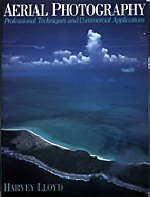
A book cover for Aerial Photography: Professional Techniques and Commercial Applications; Harvey Lloyd; Arts & Photography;